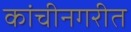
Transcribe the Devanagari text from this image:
कांचीनगरीत